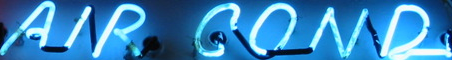
AND GONR